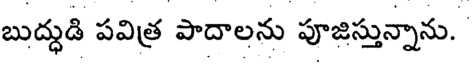
బుద్ధుడి పవిత్ర పాదాలను పూజిస్తున్నాను.